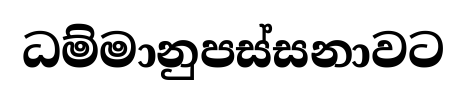
ධම්මානුපස්සනාවට